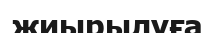
жиырылуға